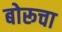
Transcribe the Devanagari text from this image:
बोरूचा